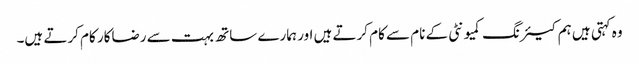
وہ کہتی ہیں ہم کیئرنگ کمیونٹی کے نام سے کام کرتے ہیں اور ہمارے ساتھ بہت سے رضاکار کام کرتے ہیں۔